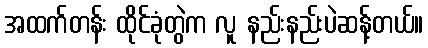
အထက်တန်း ထိုင်ခုံတွဲက လူ နည်းနည်းပဲဆန့်တယ်။